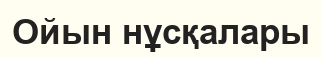
Ойын нұсқалары